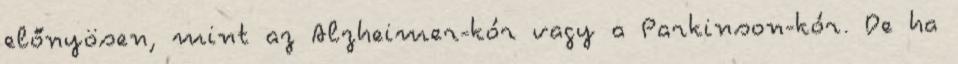
előnyösen, mint az Alzheimer-kór vagy a Parkinson-kór. De ha